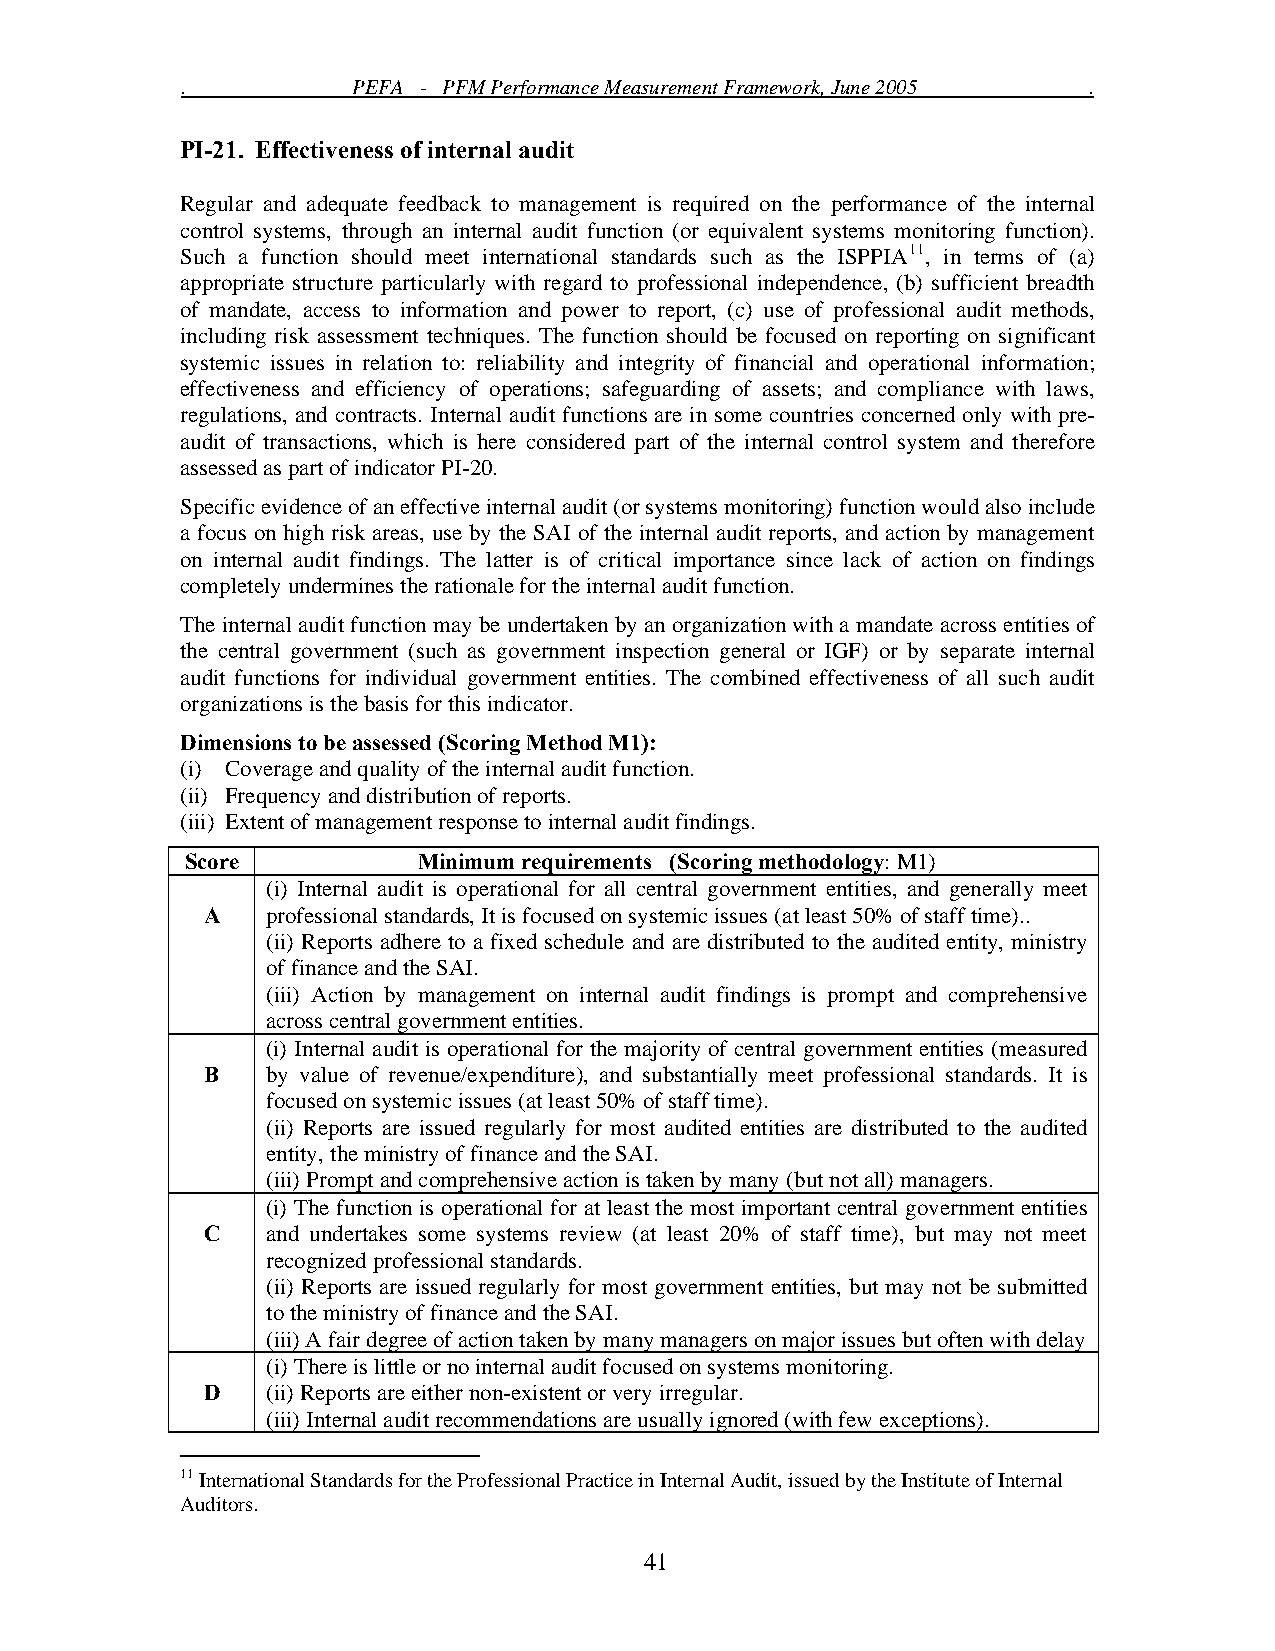
.          PEFA - PFM Performance Measurement Framework, June 2005 .
 PI-21. Effectiveness of internal audit
 Regular and adequate feedback to management is required on the performance of the internal
 control systems, through an internal audit function (or equivalent systems monitoring function).
 Such a function should meet international standards such as the ISPPIA11, in terms of (a)
 appropriate structure particularly with regard to professional independence, (b) sufficient breadth
 of mandate, access to information and power to report, (c) use of professional audit methods,
 including risk assessment techniques. The function should be focused on reporting on significant
 systemic issues in relation to: reliability and integrity of financial and operational information;
 effectiveness and efficiency of operations; safeguarding of assets; and compliance with laws,
 regulations, and contracts. Internal audit functions are in some countries concerned only with pre-
 audit of transactions, which is here considered part of the internal control system and therefore
 assessed as part of indicator PI-20.
 Specific evidence of an effective internal audit (or systems monitoring) function would also include
 a focus on high risk areas, use by the SAI of the internal audit reports, and action by management
 on internal audit findings. The latter is of critical importance since lack of action on findings
 completely undermines the rationale for the internal audit function.
 The internal audit function may be undertaken by an organization with a mandate across entities of
 the central government (such as government inspection general or IGF) or by separate internal
 audit functions for individual government entities. The combined effectiveness of all such audit
 organizations is the basis for this indicator.
 Dimensions to be assessed (Scoring Method M1):
 (i) Coverage and quality of the internal audit function.
 (ii) Frequency and distribution of reports.
 (iii) Extent of management response to internal audit findings.
 Score           Minimum requirements (Scoring methodology: M1)
 (i) Internal audit is operational for all central government entities, and generally meet
 A    professional standards, It is focused on systemic issues (at least 50% of staff time)..
 (ii) Reports adhere to a fixed schedule and are distributed to the audited entity, ministry
 of finance and the SAI.
 (iii) Action by management on internal audit findings is prompt and comprehensive
 across central government entities.
 (i) Internal audit is operational for the majority of central government entities (measured
 B   by value of revenue/expenditure), and substantially meet professional standards. It is
 focused on systemic issues (at least 50% of staff time).
 (ii) Reports are issued regularly for most audited entities are distributed to the audited
 entity, the ministry of finance and the SAI.
 (iii) Prompt and comprehensive action is taken by many (but not all) managers.
 (i) The function is operational for at least the most important central government entities
 C    and undertakes some systems review (at least 20% of staff time), but may not meet
 recognized professional standards.
 (ii) Reports are issued regularly for most government entities, but may not be submitted
 to the ministry of finance and the SAI.
 (iii) A fair degree of action taken by many managers on major issues but often with delay
 (i) There is little or no internal audit focused on systems monitoring.
 D    (ii) Reports are either non-existent or very irregular.
 (iii) Internal audit recommendations are usually ignored (with few exceptions).
 11 International Standards for the Professional Practice in Internal Audit, issued by the Institute of Internal
 Auditors.
 41